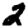
Digit: 2